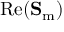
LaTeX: \operatorname { R e } ( \mathbf { S } _ { \mathrm { m } } )